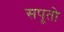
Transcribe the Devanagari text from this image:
सपूतो